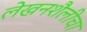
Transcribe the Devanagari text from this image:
लेखनशैलीचा